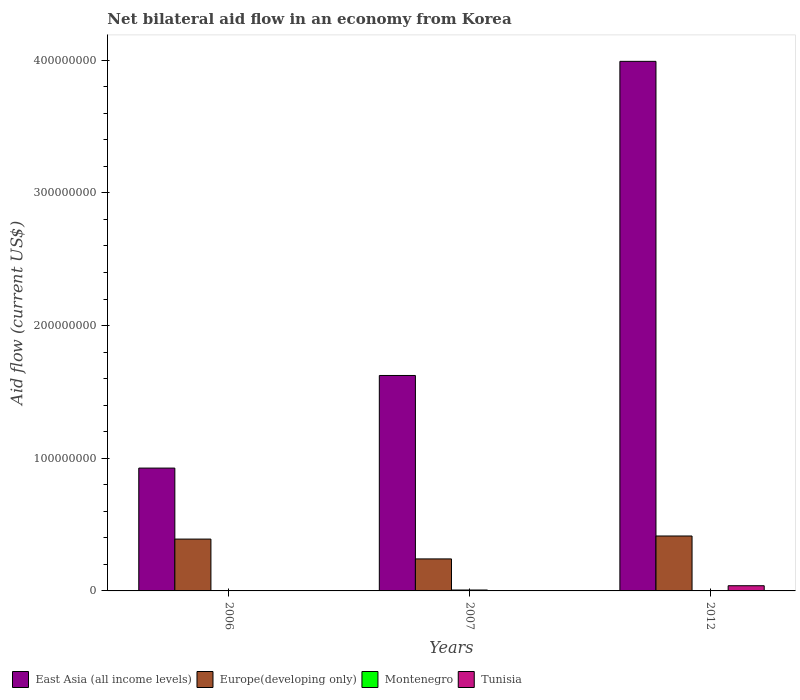
| Years | East Asia (all income levels) | Europe(developing only) | Montenegro | Tunisia |
 | --- | --- | --- | --- | --- |
 | 2006 | 9.26e+07 | 3.91e+07 | 2e+04 | -9.4e+05 |
 | 2007 | 1.62e+08 | 2.41e+07 | 6.9e+05 | -3.1e+05 |
 | 2012 | 3.99e+08 | 4.14e+07 | 1.1e+05 | 3.91e+06 |